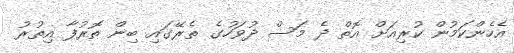
އެހެންކަމުން ކުރިއަށް އޮތް ދެ މަސް ދުވަހުގެ ތެރޭގައި ބިން ތޮރުފާ އިތުރު